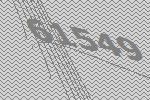
61549